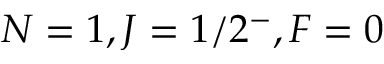
N = 1 , J = 1 / 2 ^ { - } , F = 0